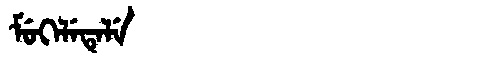
Manchu: ᠮᡠᡴᡝᠯᡝᡨᡝᠯᡝ
Romanization: MUKELETELE